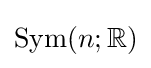
{\text{Sym}}(n;\mathbb {R} )